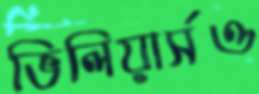
ভিলিয়ার্সও